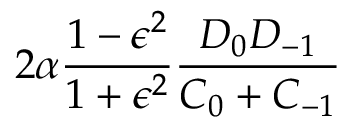
2 \alpha \frac { 1 - \epsilon ^ { 2 } } { 1 + \epsilon ^ { 2 } } \frac { D _ { 0 } D _ { - 1 } } { C _ { 0 } + C _ { - 1 } }